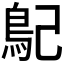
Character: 𩾩